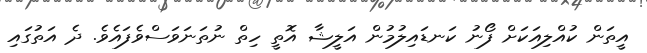
އީތަން ކުއްލިއަކަށް ފޯނު ކަނޑައިލުމުން އަލީޝާ އޮތީ ހިތް ނުތަނަވަސްވެފައެވެ. ދެ އަތުގައި